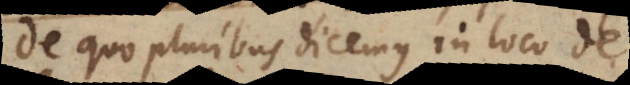
De quo pluribus dicemus in loco de